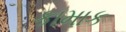
કામાક